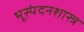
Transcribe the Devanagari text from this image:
भूस्पंदनशास्त्र